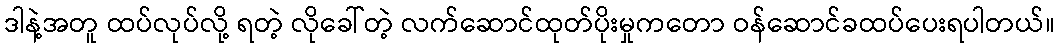
ဒါနဲ့အတူ ထပ်လုပ်လို့ ရတဲ့ လိုခေါ်တဲ့ လက်ဆောင်ထုတ်ပိုးမှုကတော ဝန်ဆောင်ခထပ်ပေးရပါတယ်။